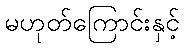
မဟုတ်ကြောင်းနှင့်